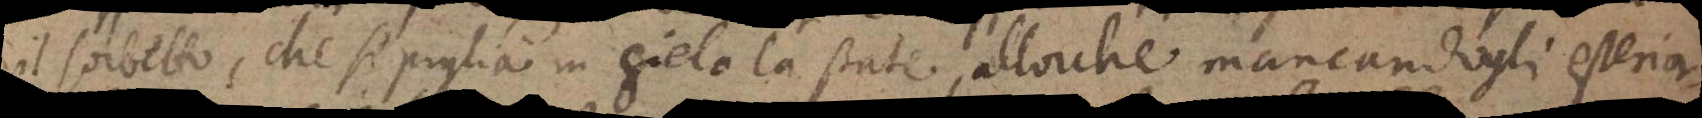
il sorbetto, che si piglia in gielo la state, allorche mancandogli esterior-